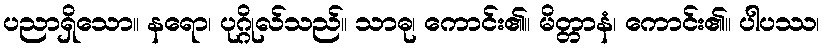
ပညာရှိသော။ နရော၊ ပုဂ္ဂိုလ်သည်။ သာဓု၊ ကောင်း၏။ မိတ္တာနံ၊ ကောင်း၏။ ပါပဿ၊